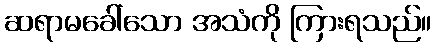
ဆရာမခေါ်သော အသံကို ကြားရသည်။